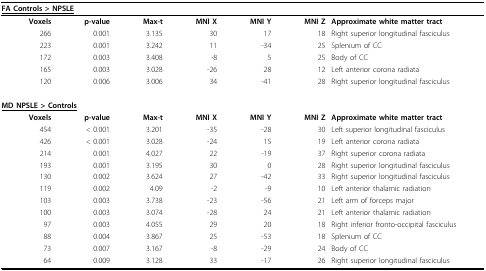
| <COLSPAN=3> <underline>FA Controls > NPSLE</underline> |  |  |  |  |
 | --- | --- | --- | --- | --- | --- | --- |
 | Voxels | p-value | Max-t | MNI X | MNI Y | MNI Z | Approximate white matter tract |
 | 266 | 0.001 | 3.135 | 30 | 17 | 18 | Right superior longitudinal fasciculus |
 | 223 | 0.001 | 3.242 | 11 | -34 | 25 | Splenium of CC |
 | 172 | 0.003 | 3.408 | -8 | 5 | 25 | Body of CC |
 | 165 | 0.003 | 3.028 | -26 | 28 | 12 | Left anterior corona radiata |
 | 120 | 0.006 | 3.006 | 34 | -41 | 28 | Right superior longitudinal fasciculus |
 | <COLSPAN=3> <underline>MD NPSLE > Controls</underline> |  |  |  |  |
 | Voxels | p-value | Max-t | MNI X | MNI Y | MNI Z | Approximate white matter tract |
 | 454 | < 0.001 | 3.201 | -35 | -28 | 30 | Left superior longitudinal fasciculus |
 | 426 | < 0.001 | 3.028 | -24 | 15 | 19 | Left anterior corona radiata |
 | 214 | 0.001 | 4.027 | 22 | -19 | 37 | Right superior corona radiata |
 | 193 | 0.001 | 3.195 | 30 | 0 | 28 | Right superior longitudinal fasciculus |
 | 130 | 0.002 | 3.624 | 27 | -42 | 33 | Right superior longitudinal fasciculus |
 | 119 | 0.002 | 4.09 | -2 | -9 | 10 | Left anterior thalamic radiation |
 | 103 | 0.003 | 3.738 | -23 | -56 | 21 | Left arm of forceps major |
 | 100 | 0.003 | 3.074 | -28 | 24 | 21 | Left anterior thalamic radiation |
 | 97 | 0.003 | 4.055 | 29 | 20 | 18 | Right inferior fronto-occipital fasciculus |
 | 88 | 0.004 | 3.867 | 25 | -53 | 18 | Splenium of CC |
 | 73 | 0.007 | 3.167 | -8 | -29 | 24 | Body of CC |
 | 64 | 0.009 | 3.128 | 33 | -17 | 26 | Right superior longitudinal fasciculus |